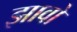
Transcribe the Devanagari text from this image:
झावो